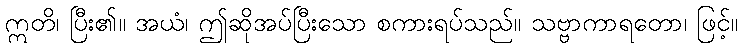
ဣတိ၊ ပြီး၏။ အယံ၊ ဤဆိုအပ်ပြီးသော စကားရပ်သည်။ သဗ္ဗာကာရတော၊ ဖြင့်။